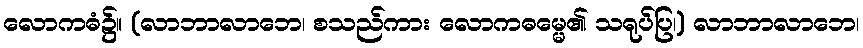
လောကဓံ၌။ (လာဘာလာဘေ၊ စသည်ကား လောကဓမ္မေ၏ သရုပ်ပြ၊) လာဘာလာဘေ၊